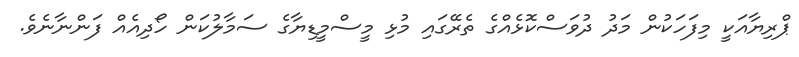
ޕްރިޔާއަކީ މިފަހަކުން މަދު ދުވަސްކޮޅެއްގެ ތެރޭގައި މުޅި މީސްމީޑިޔާގެ ސަމާލުކަން ހޯދިއެއް ފަންނާނެވެ.